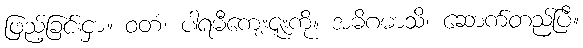
ဖြည့်ခြင်းငှာ။ ဝတံ၊ ပါရမီကျေးဇူးကို။ အဓိဂမာသိ၊ ဆောက်တည်ပြီ။